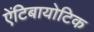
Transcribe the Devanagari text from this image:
एेंटिबायोटिक